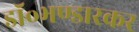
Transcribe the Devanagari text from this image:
डॉ॰भण्डारकर